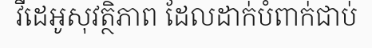
វីដេអូសុវត្ថិភាព ដែលដាក់បំពាក់ជាប់